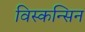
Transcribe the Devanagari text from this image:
विस्कन्सिन